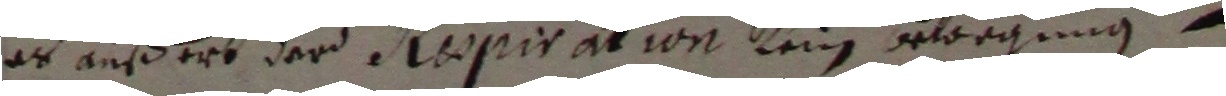
es außert der pepiration kein bewrgung